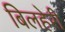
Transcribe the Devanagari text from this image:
बिलहेरी